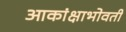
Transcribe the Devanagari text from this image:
आकांक्षाभोवती